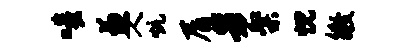
嗤兼人炕屑男粲忱徵